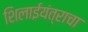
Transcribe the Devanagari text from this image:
शिलाईयंत्राचा